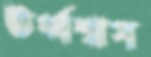
ঊর্ধ্বশ্বাস